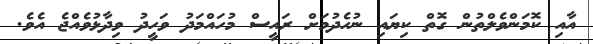
އާއި ކޮމަންވެލްތުން ގޮތް ކިޔައި ނުހެދުމަށް ރައީސް މުހައްމަދު ވަހީދު ވިދާޅުވެއްޖެ އެވެ.